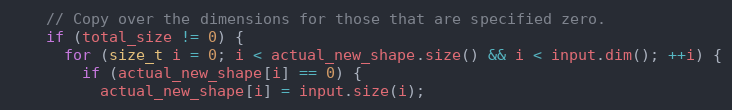
Language: C
    // Copy over the dimensions for those that are specified zero.
    if (total_size != 0) {
      for (size_t i = 0; i < actual_new_shape.size() && i < input.dim(); ++i) {
        if (actual_new_shape[i] == 0) {
          actual_new_shape[i] = input.size(i);